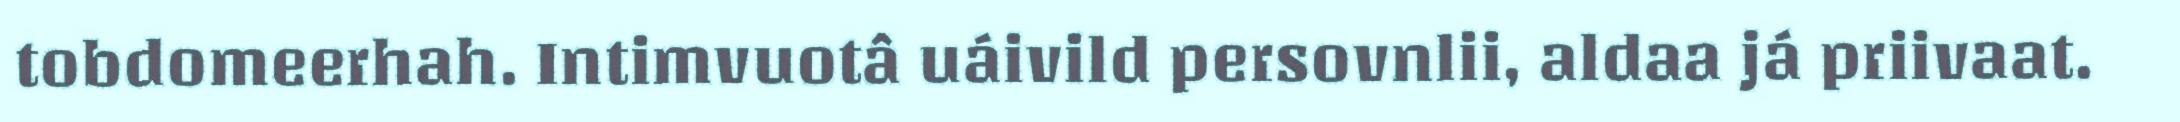
tobdomeerhah. Intimvuotâ uáivild persovnlii, aldaa já priivaat.